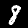
Label: 8